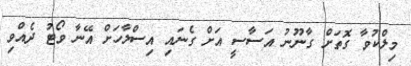
މިލްކުވާ ގޮތަށް ގާނޫނު އަސާސީ އަށް ގެނައި އިސްލާހަށް އޭނާ ވޯޓު ދެއްވި